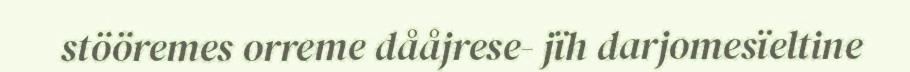
stööremes orreme dååjrese- jïh darjomesïeltine